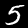
Digit: 5